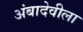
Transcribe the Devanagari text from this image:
अंबादेवीला